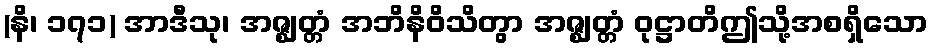
(နိ၊ ၁၇၁) အာဒီသု၊ အဇ္ဈတ္တံ အဘိနိဝိသိတွာ အဇ္ဈတ္တံ ဝုဋ္ဌာတိဤသို့အစရှိသော